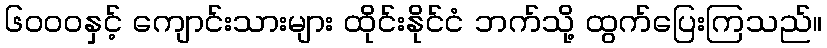
၆၀၀၀နှင့် ကျောင်းသားများ ထိုင်းနိုင်ငံ ဘက်သို့ ထွက်ပြေးကြသည်။